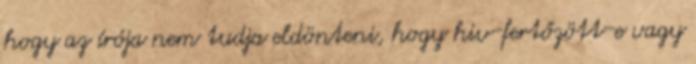
hogy az írója nem tudja eldönteni, hogy hiv-fertőzött-e vagy